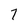
Character: 7